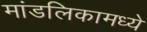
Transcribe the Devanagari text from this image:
मांडलिकामध्ये